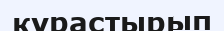
құрастырып